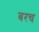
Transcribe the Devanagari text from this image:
बरच